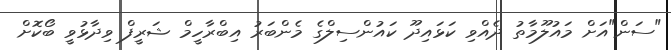
"ސަން"އަށް މައުލޫމާތު ދެއްވި ކަޅައިދޫ ކައުންސިލްގެ މެންބަރު އިބްރާހީމް ޝަރީފް ވިދާޅުވީ ބޯކޮށް